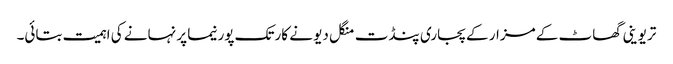
تریوینی گھاٹ کے مزار کے پجاری پنڈت منگل دیو نے کارتک پورنیما پر نہانے کی اہمیت بتائی۔